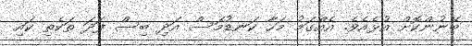
ބޭނުންކޮށް އުޅެއެވެ. އެއްގަމު މަހާ ކަނޑުމަސް އަދި ބިސް ފަދަ ތަކެތި ކައި